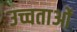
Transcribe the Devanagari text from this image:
उच्चताओं